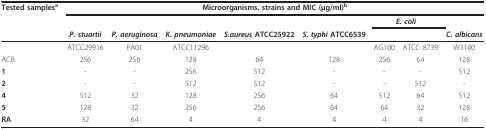
| Tested samplesa | <COLSPAN=8> Microorganisms, strains and MIC (μg/ml)b |
 |  |  |  |  |  |  | <COLSPAN=2> E. coli |  |
 |  | P. stuartii | P. aeruginosa | K. pneumoniae | S.aureus ATCC25922 | S. typhi ATCC6539 |  |  | C. albicans |
 | --- | --- | --- | --- | --- | --- | --- | --- | --- |
 |  | ATCC29916 | PA01 | ATCC11296 |  |  | AG100 | ATCC 8739 | W3100 |
 | ACB | 256 | 256 | 128 | 64 | 128 | 256 | 64 | 128 |
 | 1 | - | - | 256 | 512 | - | - | - | 512 |
 | 2 | - | - | 512 | 512 | - | - | 512 | - |
 | 4 | 512 | 32 | 128 | 256 | 64 | 512 | 64 | 512 |
 | 5 | 128 | 32 | 256 | 256 | 64 | 64 | 32 | 128 |
 | RA | 32 | 64 | 4 | 4 | 4 | 4 | 4 | 16 |